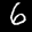
Label: 6